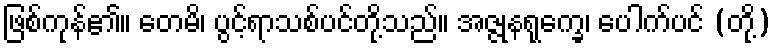
ဖြစ်ကုန်၏။ တေမိ၊ ပွင့်ရာသစ်ပင်တို့သည်။ အဇ္ဇုနရုက္ခေ၊ ပေါက်ပင် (တို့)